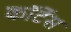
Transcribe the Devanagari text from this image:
कॉर्टेस